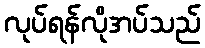
လုပ်ရန်လိုအပ်သည်